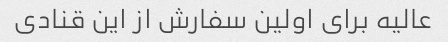
عالیه برای اولین سفارش از این قنادی